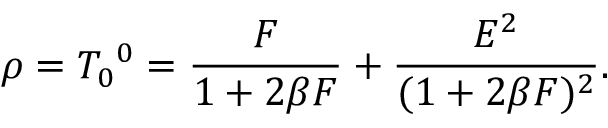
\rho = T _ { 0 } ^ { ~ 0 } = \frac { { \cal F } } { 1 + 2 \beta { \cal F } } + \frac { E ^ { 2 } } { ( 1 + 2 \beta { \cal F } ) ^ { 2 } } .